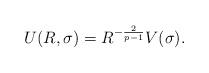
LaTeX: \begin{align*}U(R,\sigma)=R^{-\frac{2}{p-1}}V(\sigma).\end{align*}